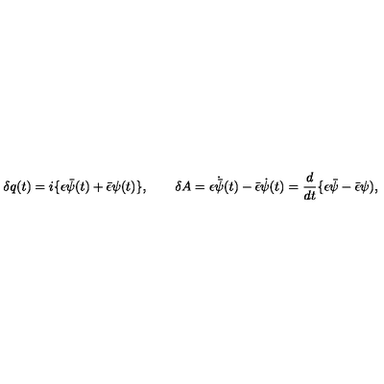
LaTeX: \delta q ( t ) = i \{ \epsilon \bar { \psi } ( t ) + \bar { \epsilon } \psi ( t ) \} , \qquad \delta A = \epsilon \dot { \bar { \psi } } ( t ) - \bar { \epsilon } \dot { \psi } ( t ) = { \frac { d } { d t } } \{ \epsilon \bar { \psi } - \bar { \epsilon } \psi ) ,